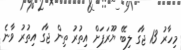
މިހާރު 13 ޖާގަ ލިބޭ ޔޫރަޕަށް އިތުރު ތިން ޖާގަ އިތުރު ވާނެ